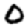
Digit: 0